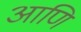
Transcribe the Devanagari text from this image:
आणि